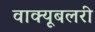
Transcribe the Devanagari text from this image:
वाक्यूबलरी